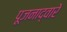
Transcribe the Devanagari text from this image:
पूजनाद्वारे